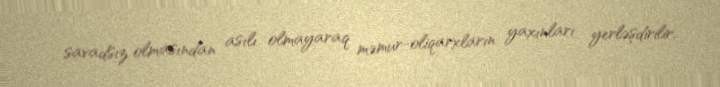
savadsız olmasından asılı olmayaraq məmur-oliqarxların yaxınları yerləşdirilir.